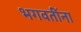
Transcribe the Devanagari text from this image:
भगवतींना